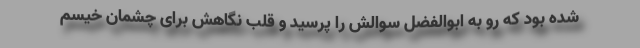
شده بود که رو به ابوالفضل سوالش را پرسید و قلب نگاهش برای چشمان خیسم